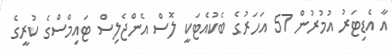
އާ އެޑިޓަރު އުމުރުން 57 އަހަރުގެ ބެކުއެޓަކީ ލޮސް އެންޖެލިސް ޓައިމްސްގެ ކުރީގެ